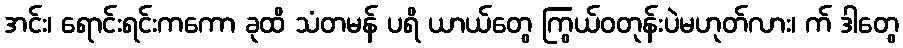
အင်း၊ ရောင်းရင်းကကော ခုထိ သံတမန် ပရိ ယာယ်တွေ ကြွယ်ဝတုန်းပဲမဟုတ်လား၊ က် ဒါတွေ